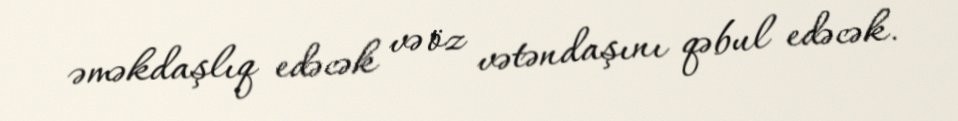
əməkdaşlıq edəcək və öz vətəndaşını qəbul edəcək.